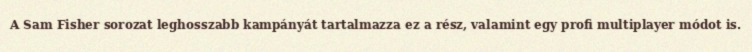
A Sam Fisher sorozat leghosszabb kampányát tartalmazza ez a rész, valamint egy profi multiplayer módot is.